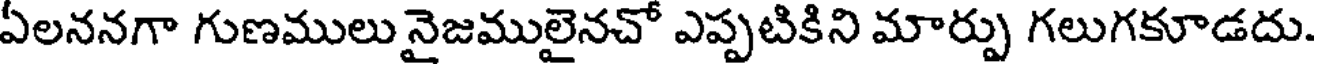
ఏలననగా గుణములు నైజములైనచో ఎప్పటికిని మార్పు గలుగకూడదు.